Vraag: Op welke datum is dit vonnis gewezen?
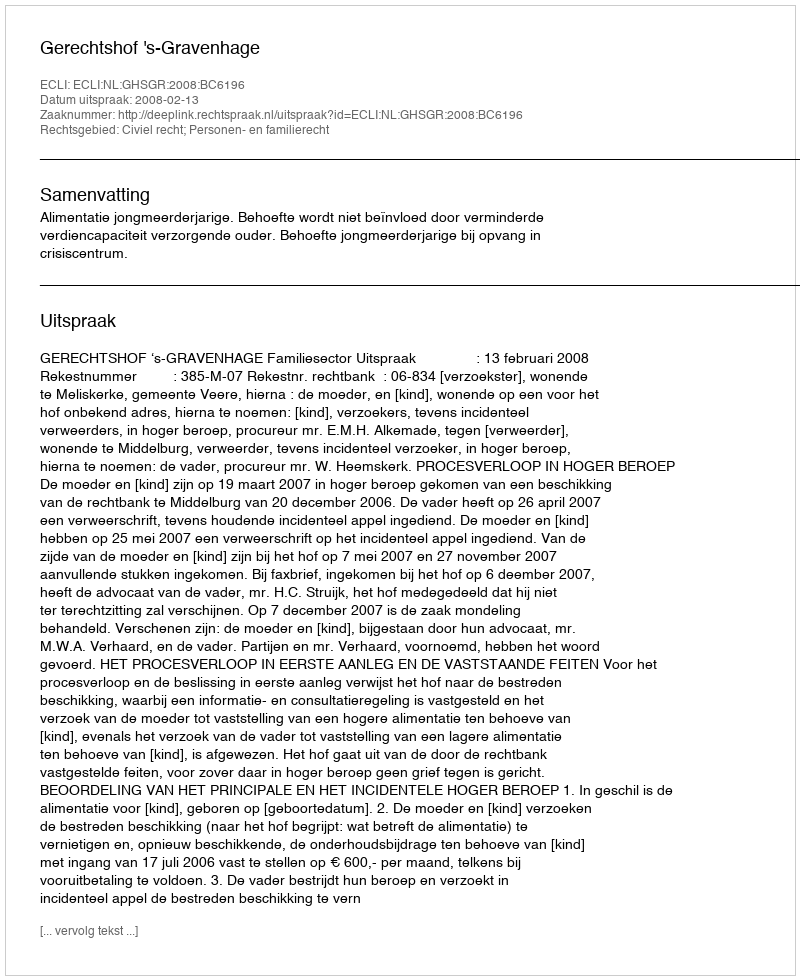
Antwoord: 2008-02-13